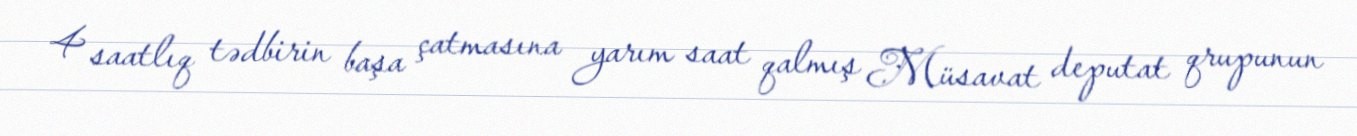
4 saatlıq tədbirin başa çatmasına yarım saat qalmış Müsavat deputat qrupunun